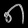
Digit: ၈